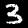
Label: 3